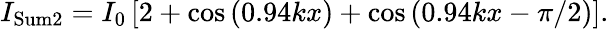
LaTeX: I_{\mathrm{Sum2}}=I_{0}\left[2+\cos\left(0.94kx\right)+\cos\left(0.94kx-\pi/2\right)\right].